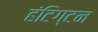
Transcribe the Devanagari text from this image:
हंटिग्टन